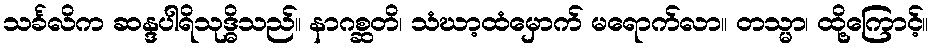
သင်္ခလိက ဆန္ဒပါရိသုဒ္ဓိသည်။ နာဂစ္ဆတိ၊ သံဃာ့ထံမှောက် မရောက်လာ။ တသ္မာ၊ ထို့ကြောင့်။